Insane asylums in Bengal annual reports 1867-1875 - 1867-1875
Year: 1867
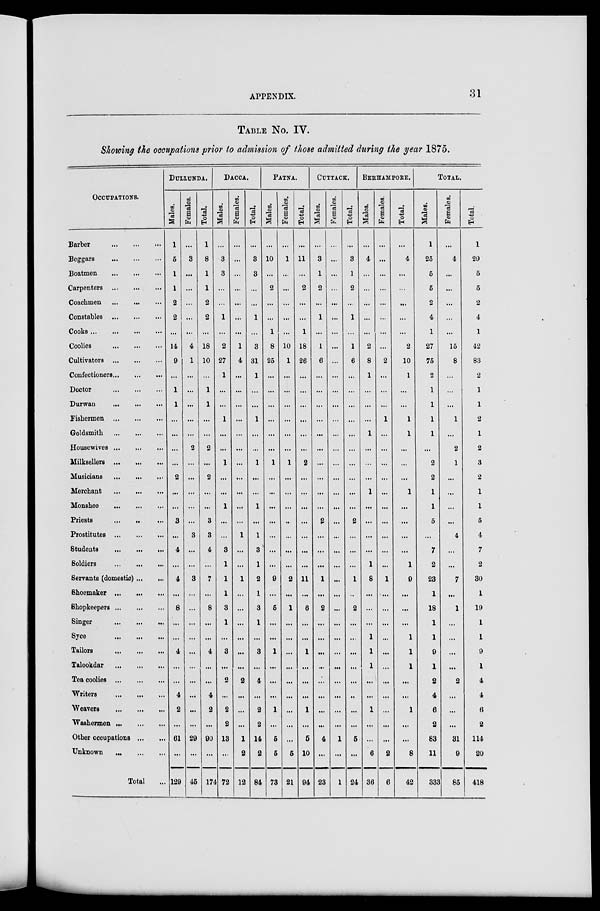
APPENDIX.
31
TABLE No. IV.
Showing the occupations prior to admission of those admitted during the year 1875.
OCCUPATIONS.
Barber
...
...
...
Beggars
...
...
...
Boatmen
...
...
...
Carpenters
...
...
...
Coachmen
...
...
...
Constables
...
...
...
Cooks
...
...
...
Coolies
...
...
...
Cultivators
...
...
...
Confectioners ... ... ...
Doctor
...
...
...
Durwan ... ... ...
Fishermen
...
...
...
Goldsmith
...
...
...
Housewives
...
...
...
Milksellers
...
...
...
Musicians
...
...
...
Merchant
...
...
...
Monshee
...
...
...
Priests ... ... ...
Prostitutes
...
...
...
Students
...
...
...
Soldiers
...
...
...
Servants (domestic) ... ...
Shoemaker
...
...
...
Shopkeepers ... ... ...
Singer
...
...
...
Syce
...
...
...
Tailors
...
...
...
Talookdar ... ... ...
Tea coolies
...
...
...
Writers
...
...
...
Weavers
...
...
...
Washermen
...
...
...
Other occupations ... ...
Unknown
...
...
...
Total ...
DULLUNDA.
Males.
1
5
1
1
2
2
...
14
9
...
1
1
...
...
...
...
2
...
...
3
...
4
...
4
...
8
...
...
4
...
...
4
2
...
61
...
129
Females.
...
3
...
...
...
...
...
4
1
...
...
...
...
...
2
...
...
...
...
...
3
...
...
3
...
...
...
...
...
...
...
...
...
...
29
...
45
Total.
1
8
1
1
2
2
...
18
10
...
1
1
...
...
2
...
2
...
...
3
3
4
...
7
...
8
...
...
4
...
...
4
2
...
90
...
174
DACCA.
Males.
...
3
3
...
...
1
...
2
27
1
...
...
1
...
...
1
...
...
1
...
...
3
1
1
1
3
1
...
3
...
2
...
2
2
13
...
72
Females.
...
...
...
...
...
...
...
1
4
...
...
...
...
...
...
...
...
...
...
...
1
...
...
1
...
...
...
...
...
...
2
...
...
...
1
2
12
Total.
...
3
3
...
...
1
...
3
31
1
...
...
1
...
...
1
...
...
1
...
1
3
1
2
1
3
1
...
3
...
4
...
2
2
14
2
84
PATNA.
Males.
...
10
...
2
...
...
1
8
25
...
...
...
...
...
...
1
...
...
...
...
...
...
...
9
...
5
...
...
1
...
...
...
1
...
5
5
73
Females.
...
1
...
...
...
...
...
10
1
...
...
...
...
...
...
1
...
...
...
...
...
...
...
2
...
1
...
...
...
...
...
...
...
...
...
5
21
Total.
...
11
...
2
...
...
1
18
26
...
...
...
...
...
...
2
...
...
...
...
...
...
...
11
...
6
...
...
1
...
...
...
1
...
5
10
94
CUTTACK.
Males.
...
3
1
2
...
1
...
1
6
...
...
...
...
...
...
...
...
...
...
2
...
...
...
1
...
2
...
...
...
...
...
...
...
...
4
...
23
Females.
...
...
...
...
...
...
...
...
...
...
...
...
...
...
...
...
...
...
...
...
...
...
...
...
...
...
...
...
...
...
...
...
...
...
1
...
1
Total.
...
3
1
2
...
1
...
1
6
...
...
...
...
...
...
...
...
...
...
2
...
...
...
1
...
2
...
...
...
...
...
...
...
...
5
...
24
BERHAMPORE.
Males.
...
4
...
...
...
...
...
2
8
1
...
...
...
1
...
...
...
1
...
...
...
...
1
8
...
...
...
1
1
1
...
...
1
...
...
6
36
Females.
...
...
...
...
...
...
...
...
2
...
...
...
1
...
...
...
...
...
...
...
...
...
...
1
...
...
...
...
...
...
...
...
...
...
...
2
6
Total.
...
4
...
...
...
...
...
2
10
1
...
...
1
1
...
...
...
1
...
...
...
...
1
9
...
...
...
1
1
1
...
...
1
...
...
8
42
TOTAL.
Males.
1
25
5
5
2
4
1
27
75
2
1
1
1
1
...
2
2
1
1
5
...
7
2
23
1
18
1
1
9
1
2
4
6
2
83
11
332
Females.
...
4
...
...
...
...
...
15
8
...
...
...
1
...
2
1
...
...
...
...
4
...
...
7
...
1
...
...
...
...
2
...
...
...
31
9
85
Total.
1
29
5
5
2
4
1
42
83
2
1
1
2
1
2
3
2
1
1
5
4
7
2
30
1
19
1
1
9
1
4
4
6
2
114
20
418